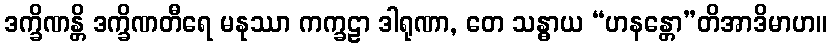
ဒက္ခိဏန္တိ ဒက္ခိဏတီရေ မနုဿာ ကက္ခဠာ ဒါရုဏာ, တေ သန္ဓာယ “ဟနန္တော”တိအာဒိမာဟ။